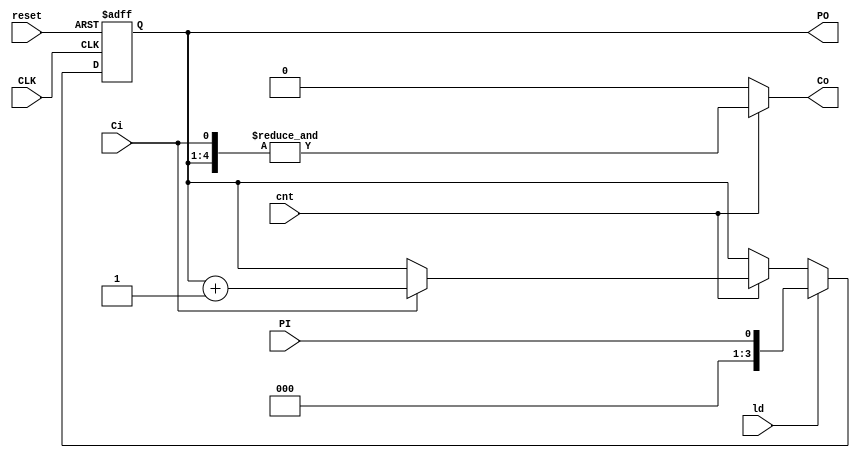
`timescale 1ns/1ns

module FBUC (input PI, CLK, reset, ld, cnt, Ci, output reg[3:0] PO, output Co);
	always @(posedge CLK or posedge reset) begin : proc_PO
		if(reset) begin
			PO <= 4'b0;
		end else begin
			if(ld)
				PO <= PI;
			else if(cnt)
				PO <= Ci ? (PO + 1) : PO;
		end
	end
	assign Co = (cnt) ? &{PO, Ci} : 1'b0;
endmodule